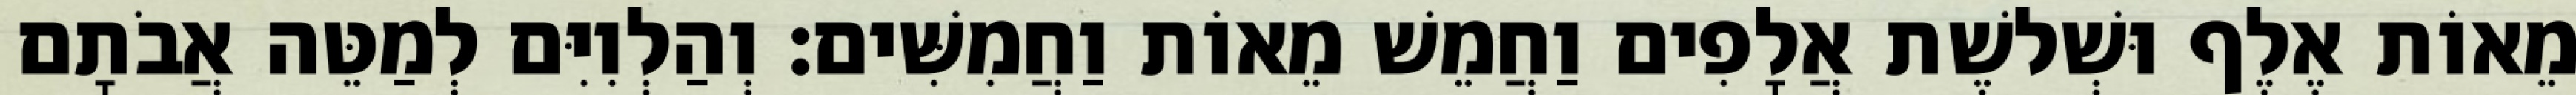
מֵאוֹת אֶלֶף וּשְׁלשֶׁת אֲלָפִים וַחֲמֵשׁ מֵאוֹת וַחֲמִשִּׁים׃ וְהַלְוִיִּם לְמַטֵּה אֲבֹתָם